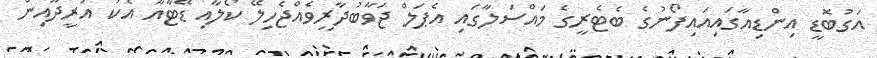
އަގުބޮޑީ އިންޑިއާގައިއައިފޯނުގެ ބެޓެރީގެ މައްސަލާގައި އެޕަލް ޖަވާބުދާރީވެއްޖެހިލޭ ކޯލާއި ޑޭޓާއާ އެކު އުރީދޫއިން